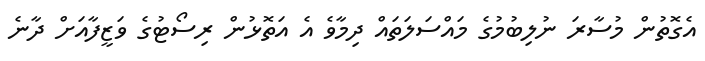
އެގޮތުން މުސާރަ ނުލިބުމުގެ މައްސަލަތައް ދިމާވެ އެ އަތޮޅުން ރިސޯޓުގެ ވަޒީފާއަށް ދާނެ